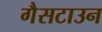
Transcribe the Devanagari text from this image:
गैसटाउन